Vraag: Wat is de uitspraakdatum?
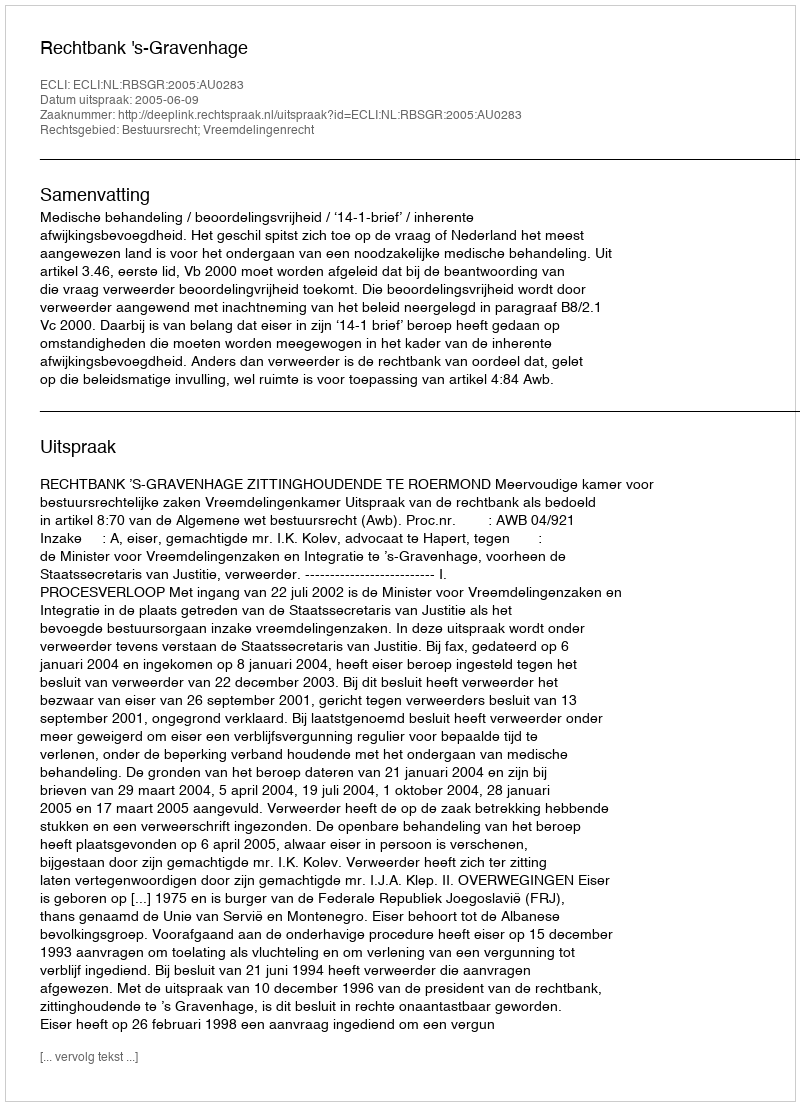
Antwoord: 2005-06-09